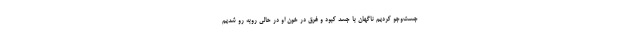
جست‌وجو کردیم ناگهان با جسد کبود و غرق در خون او در حالی روبه رو شدیم